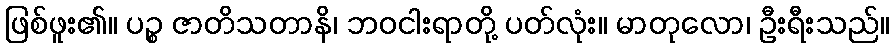
ဖြစ်ဖူး၏။ ပဉ္စ ဇာတိသတာနိ၊ ဘဝငါးရာတို့ ပတ်လုံး။ မာတုလော၊ ဦးရီးသည်။